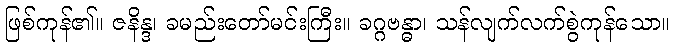
ဖြစ်ကုန်၏။ ဇနိန္ဒ၊ ခမည်းတော်မင်းကြီး။ ခဂ္ဂဗန္ဓာ၊ သန်လျက်လက်စွဲကုန်သော။